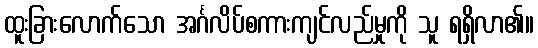
ထူးခြားလောက်သော အင်္ဂလိပ်စကားကျင်လည်မှုကို သူ ရရှိလာ၏။